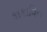
કાકાવિન